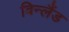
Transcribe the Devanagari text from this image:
विन्लैंड